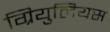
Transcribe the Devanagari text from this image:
ग्रियुलियस